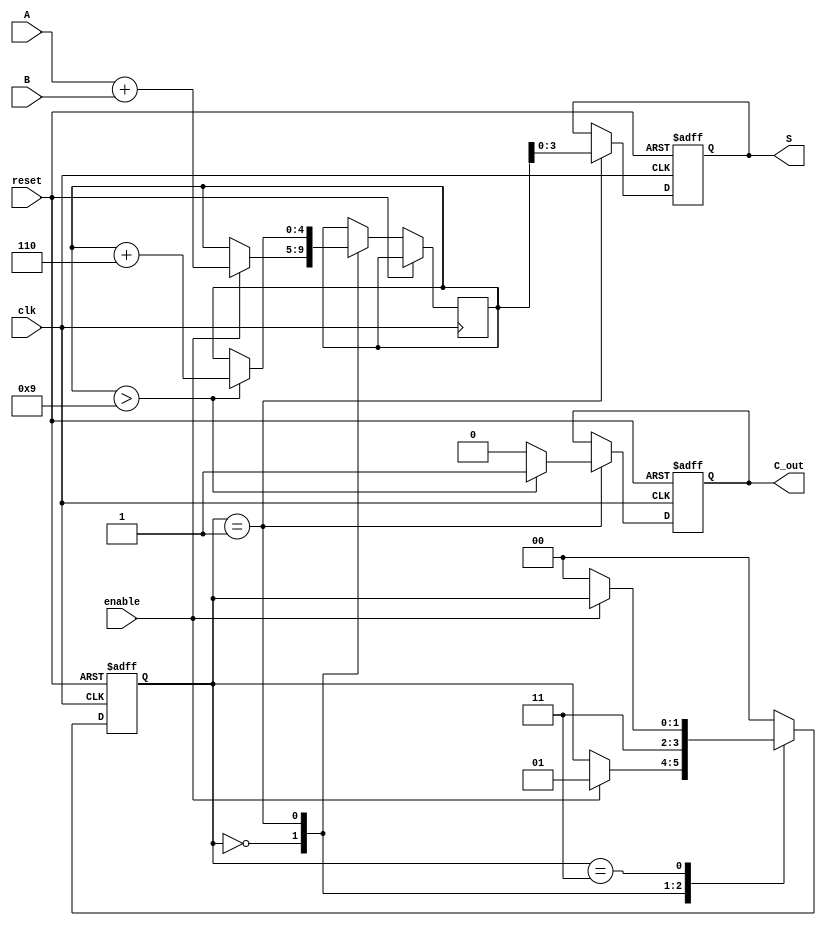
module BCD_Sequential_Adder (
    input wire [3:0] A,        // First BCD digit
    input wire [3:0] B,        // Second BCD digit
    input wire clk,            // Clock signal
    input wire reset,          // Reset signal
    input wire enable,         // Enable signal
    output reg [3:0] S,        // BCD result
    output reg C_out          // Carry out signal
);

    // Internal signals
    reg [4:0] sum;             // 5-bit sum to accommodate carry
    reg [1:0] state;           // State register
    localparam IDLE = 2'b00,   // Idle state
               ADD = 2'b01,    // Addition state
               CORRECT = 2'b10,// Correction state
               OUTPUT = 2'b11;  // Output state

    // Sequential logic
    always @(posedge clk or posedge reset) begin
        if (reset) begin
            S <= 4'b0000;      // Initialize sum to 0
            C_out <= 1'b0;     // Initialize carry out to 0
            state <= IDLE;     // Set state to IDLE
        end else begin
            case (state)
                IDLE: begin
                    if (enable) begin
                        sum <= A + B; // Calculate initial sum
                        state <= ADD; // Move to ADD state
                    end
                end

                ADD: begin
                    // Check for BCD correction
                    if (sum > 4'b1001) begin
                        sum <= sum + 5'b00110; // Add 6 for correction
                        C_out <= 1'b1;          // Set carry out
                    end else begin
                        C_out <= 1'b0;          // No carry out
                    end
                    S <= sum[3:0]; // Update the BCD result
                    state <= OUTPUT; // Move to OUTPUT state
                end

                OUTPUT: begin
                    // Stay in OUTPUT state until reset or enable changes
                    if (!enable) begin
                        state <= IDLE; // Go back to IDLE if enable is low
                    end
                end

                default: state <= IDLE; // Default case to handle unexpected states
            endcase
        end
    end
endmodule